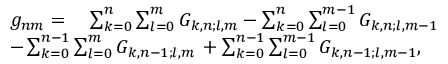
\begin{array} { r l } & { g _ { n m } = \quad \sum _ { k = 0 } ^ { n } \sum _ { l = 0 } ^ { m } G _ { k , n ; l , m } - \sum _ { k = 0 } ^ { n } \sum _ { l = 0 } ^ { m - 1 } G _ { k , n ; l , m - 1 } } \\ & { - \sum _ { k = 0 } ^ { n - 1 } \sum _ { l = 0 } ^ { m } G _ { k , n - 1 ; l , m } \, + \sum _ { k = 0 } ^ { n - 1 } \sum _ { l = 0 } ^ { m - 1 } G _ { k , n - 1 ; l , m - 1 } , } \end{array}